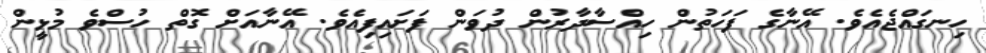
ހިނގައްޖެއެވެ. އޭނާގެ ފަހަތުން ހިއްސާދާރުން ދުވަން ފަށައިފިއެވެ. އޭނާއަށް ގޮތް ހުސްވެ މުޅީން